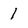
Character: 1